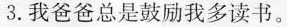
3.我爸爸总是鼓励我多读书。